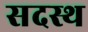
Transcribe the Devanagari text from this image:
सदस्थ